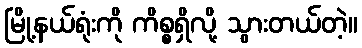
မြို့နယ်ရုံးကို ကိစ္စရှိလို့ သွားတယ်တဲ့။